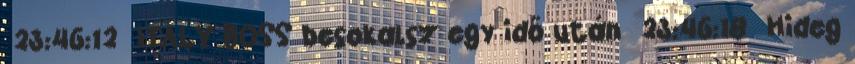
23:46:12 ITALY BOSS besokalsz egy idő után 23:46:18 Hideg